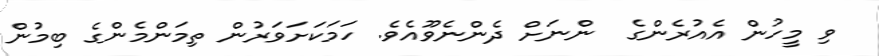
ވި މީހުން އެއުރެންގެ  ންނަށް ދެންނެވޫއެވެ. ހަމަކަށަވަރުން ތިމަންމެންގެ ބިމުން